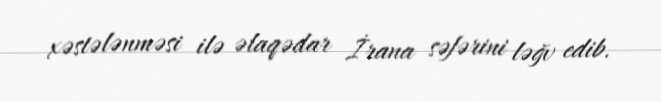
xəstələnməsi ilə əlaqədar İrana səfərini ləğv edib.